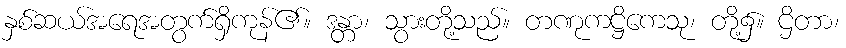
နှစ်ဆယ်အရေအတွက်ရှိကုန်၏။ ဒန္တာ၊ သွားတို့သည်။ တဏုကဋ္ဌိကေသု၊ တို့၌။ ဌိတာ၊